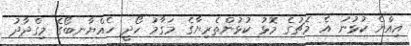
އިއްޔެ ކުޅުނު އެ މެޗުގެ މޮޅު ކުޅުންތެރިޔާގެ މަގާމު ހޯދީ ހެއްޔާނބޯގެ މިގްދާދު